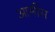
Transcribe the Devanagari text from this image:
आर्मीस